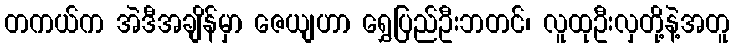
တကယ်က အဲဒီအချိန်မှာ ဇေယျဟာ ရွှေပြည်ဦးဘတင်၊ လူထုဦးလှတို့နဲ့အတူ